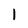
Character: 1